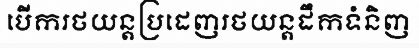
បើករថយន្តប្រដេញរថយន្តដឹកទំនិញ